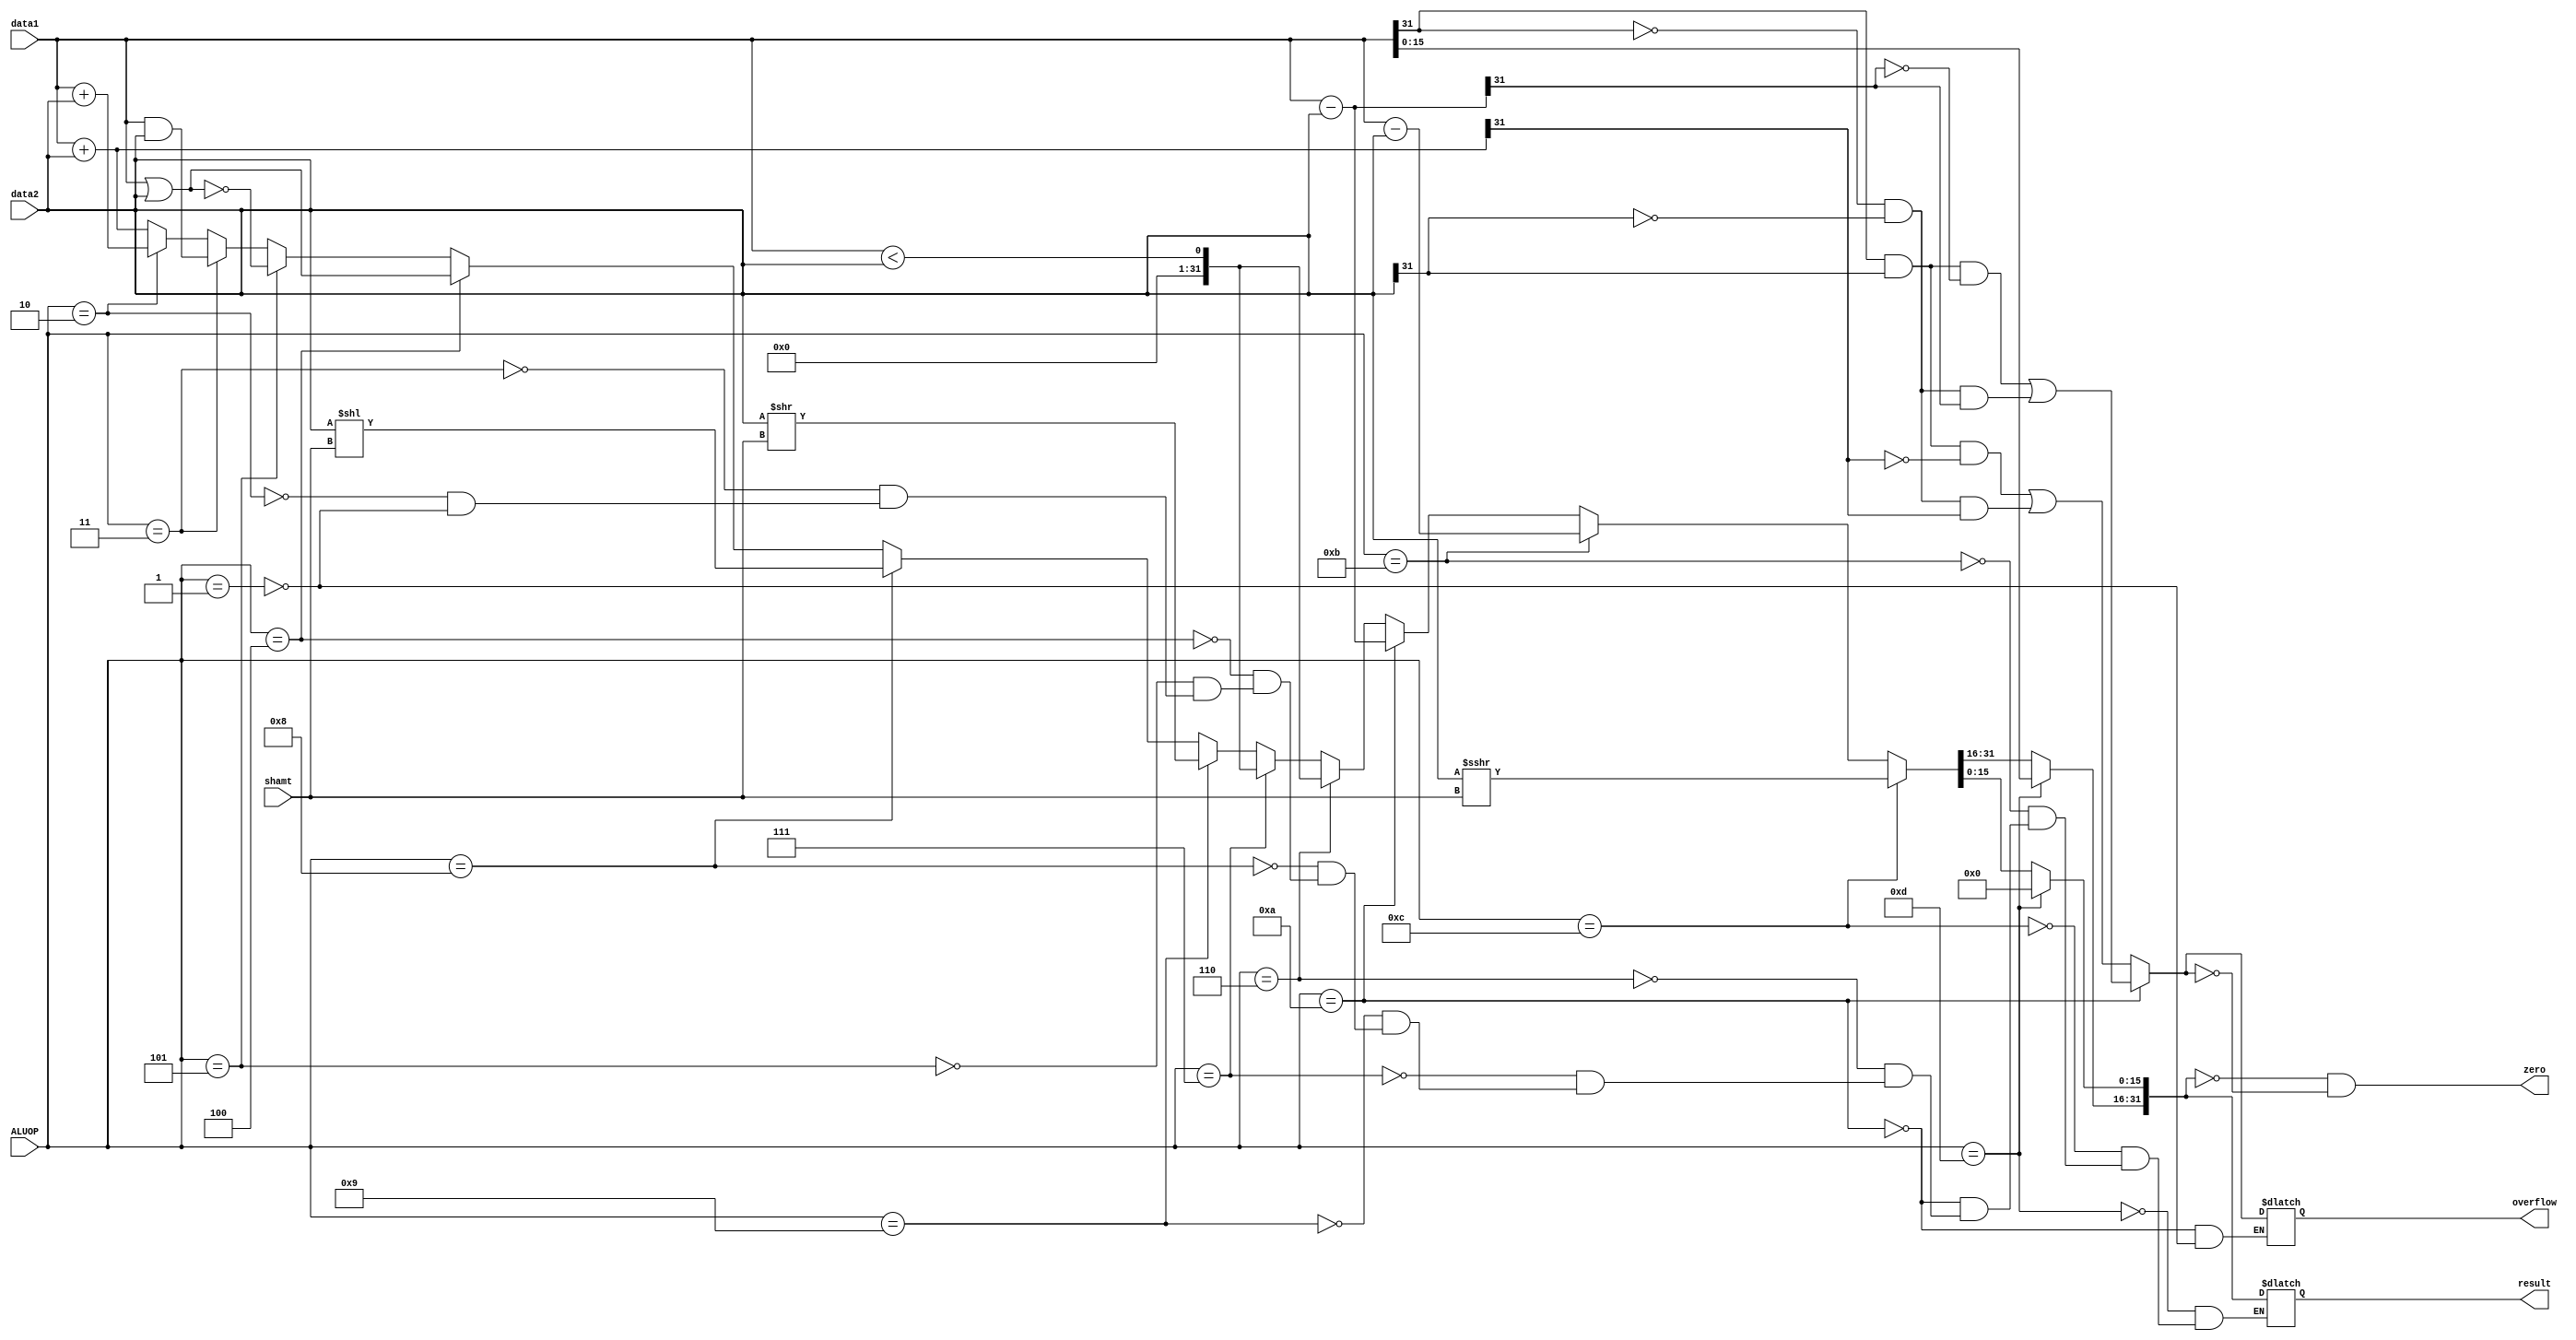
module ALU
(
	input [31:0] data1, data2,
	input [3:0] ALUOP,
	input [4:0] shamt,
	output reg [31:0] result,
	output reg zero,
	output reg overflow
);

always @ (*) begin

		if(ALUOP==4'b0001)//ADD		
				begin
				result = $signed(data1) + $signed(data2);
				overflow = (data1[31] && data2[31] && ~result[31]) || (~data1[31] && ~data2[31] && result[31]);
				end
					
		if(ALUOP==4'b0010)//ADDU
		begin
				result = $unsigned(data1) + $unsigned(data2);
		end
		if(ALUOP==4'b0011) //AND
		begin
		result = data1 & data2;
		end
		
		if(ALUOP==4'b0101) //NOR
		begin
		result = ~(data1 | data2);
		end
		
		if(ALUOP==4'b0100) //OR
		begin
		result = data1 | data2;
		end
		
		if(ALUOP==4'b1000) //sll
		begin
		result = data2 << shamt;
		end
		
		if(ALUOP==4'b1001) //srl
		begin
		result = data2 >> shamt;
		end
		
		if(ALUOP==4'b0111) //slt
		begin
		result = (data1 < data2);
		end
		
		if(ALUOP==4'b0110) //sltu
		begin
		result = (data1 < data2);
		end
		
		if(ALUOP==4'b1010) //sub
		begin
				result = $signed(data1) - $signed(data2);
				overflow = (data1[31] && data2[31] && ~result[31]) || (~data1[31] && ~data2[31] && result[31]);
		end
		
		if(ALUOP==4'b1011) //subu
		begin
		result = $unsigned(data1) - $unsigned(data2);
		end
		
		if(ALUOP==4'b1100) //sra
		begin
		result = data2 >>> shamt;
		end
		
		if(ALUOP==4'b1101) //lui
		begin
				result[31:16] = data1[15:0];
				result[15:0] = 16'b0000000000000000;
		end
	
	zero = (result == 32'b0) && (~overflow);
end

endmodule